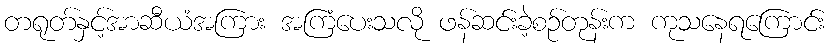
တရုတ်နှင့်အာဆီယံအကြား အကြံပေးသလို ဖန်ဆင်းခဲ့စဉ်တုန်းက ကုသနေရကြောင်း